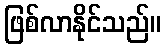
ဖြစ်လာနိုင်သည်။